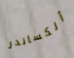
ألكساندر